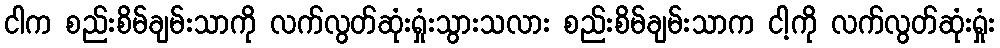
ငါက စည်းစိမ်ချမ်းသာကို လက်လွတ်ဆုံးရှုံးသွားသလား စည်းစိမ်ချမ်းသာက ငါ့ကို လက်လွတ်ဆုံးရှုံး